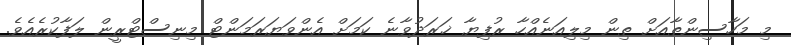
މި މަހާސިންތާއަށް ތިން މިލިއަނެއްހާ ރުފިޔާ ޚަރަދުވާނެ ކަމަށް އެންވަޔަރަމަންޓް މިނިސްޓްރީން ލަފާކުރެއެވެ.